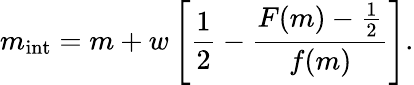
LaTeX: m_{\mathrm{int}}=m+w\left[{\frac{1}{2}}-{\frac{F(m)-{\frac{1}{2}}}{f(m)}}\right].